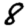
Digit: 8